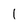
Character: 1